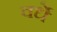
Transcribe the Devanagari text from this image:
वर्धे